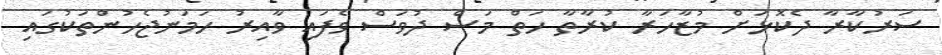
ސަރުކާރާ ދެކޮޅަށް މުޒާހަރާ ކުރާތާ ހަތް މަސް ދުވަސް ވެފައި ވާއިރު ހަމަނުޖެހުންތަކުގައި